Civil Veterinary Dept. Assam report 1911-1927 - 1911-1927
Year: 1911
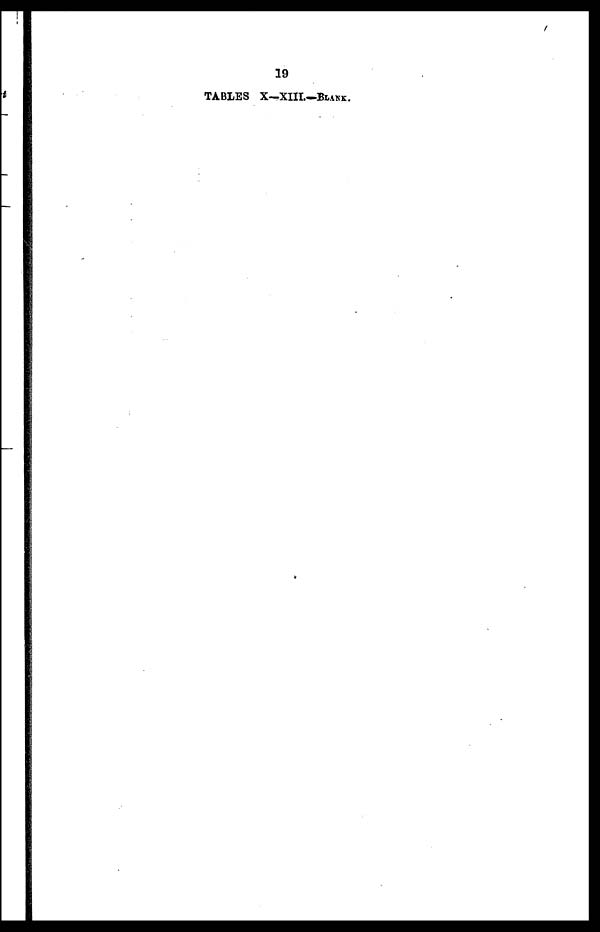
19
TABLES X—XIIL—BLANK.